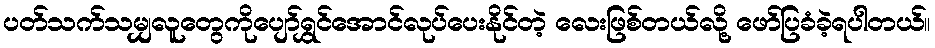
ပတ်သက်သမျှလူတွေကိုပျော်ရွှင်အောင်လုပ်ပေးနိုင်တဲ့ လေးဖြစ်တယ်လို့ ဖော်ပြခံခဲ့ရပါတယ်။